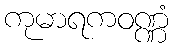
ကုမာရကဝဏ္ဏံ